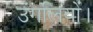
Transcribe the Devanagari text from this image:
उंगलियों।